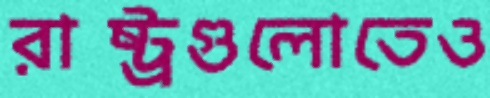
রাষ্ট্রগুলোতেও